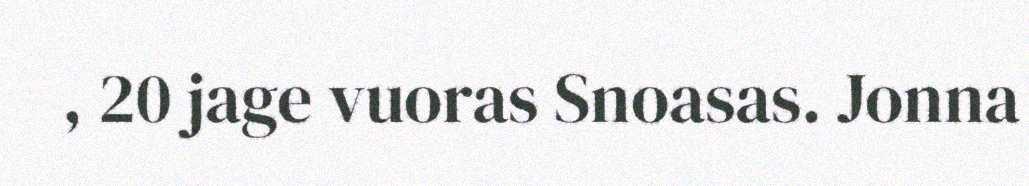
, 20 jage vuoras Snoasas. Jonna